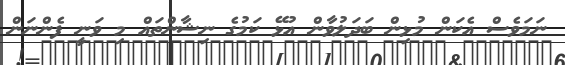
ނަމަވެސް އެކަން މުޅިން ބަދަލުވާން އުޅޭ ކަމުގެ ނިޝާންތައް މި ވަނީ ފެންނަން